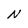
Character: N